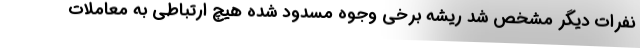
نفرات دیگر مشخص شد ریشه برخی وجوهِ مسدود شده هیچ ارتباطی به معاملات